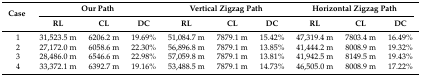
<table><thead><tr><td rowspan="2"><b>Case</b></td><td colspan="3"><b>Our Path</b></td><td colspan="3"><b>Vertical Zigzag Path</b></td><td colspan="3"><b>Horizontal Zigzag Path</b></td></tr><tr><td><b>RL</b></td><td><b>CL</b></td><td><b>DC</b></td><td><b>RL</b></td><td><b>CL</b></td><td><b>DC</b></td><td><b>RL</b></td><td><b>CL</b></td><td><b>DC</b></td></tr></thead><tbody><tr><td>1</td><td>31,523.5 m</td><td>6206.2 m</td><td>19.69%</td><td>51,084.7 m</td><td>7879.1 m</td><td>15.42%</td><td>47,319.4 m</td><td>7803.4 m</td><td>16.49%</td></tr><tr><td>2</td><td>27,172.0 m</td><td>6058.6 m</td><td>22.30%</td><td>56,896.8 m</td><td>7879.1 m</td><td>13.85%</td><td>41,444.2 m</td><td>8008.9 m</td><td>19.32%</td></tr><tr><td>3</td><td>28,486.0 m</td><td>6546.6 m</td><td>22.98%</td><td>57,059.8 m</td><td>7879.1 m</td><td>13.81%</td><td>41,942.5 m</td><td>8149.5 m</td><td>19.43%</td></tr><tr><td>4</td><td>33,372.1 m</td><td>6392.7 m</td><td>19.16%</td><td>53,488.5 m</td><td>7879.1 m</td><td>14.73%</td><td>46,505.0 m</td><td>8008.9 m</td><td>17.22%</td></tr></tbody></table>